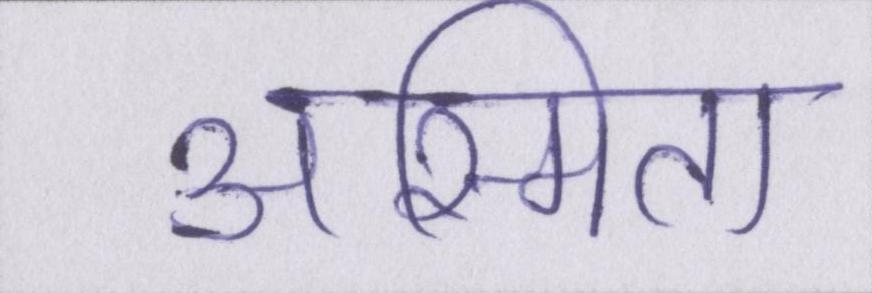
अस्मिता